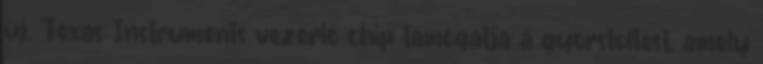
új, Texas Instruments vezérlő chip támogatja a gyorstöltést, amely